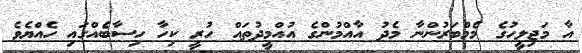
އާ މަޖިލީހުގެ މެމްބަރުންނާ މެދު އާއްމުންގެ އުއްމީދުތައް ހުރީ ކިހާ ހިސާބެއްގައި ހެއްޔެވެ